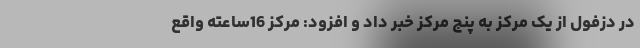
در دزفول از یک مرکز به پنج مرکز خبر داد و افزود: مرکز 16ساعته واقع